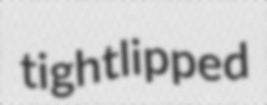
tightlipped